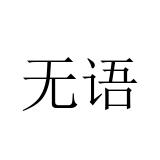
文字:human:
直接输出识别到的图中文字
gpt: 无语